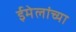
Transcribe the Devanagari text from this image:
ईमेलांच्या